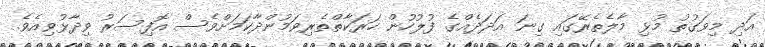
އަދި މިވަގުތު މުޅި މާލެތެރޭގައި ގިނަ އަދަދެއްގެ ފުލުުހުން ހަރަކާތްތެރިވަމުންދާކަމަށްވެސް އޮފިސަރު ވިދާޅުވިއެވެ.